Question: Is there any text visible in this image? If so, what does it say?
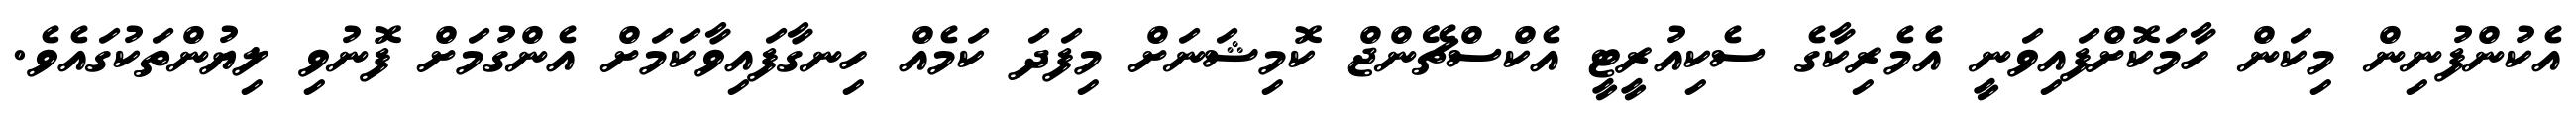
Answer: އެކުންފުނިން މިކަން ހާމަކޮށްފައިވަނީ އެމެރިކާގެ ސެކިއުރީޓީ އެކްސްޗޭންޖް ކޮމިޝަނަށް މިފަދަ ކަމެއް ހިނގާފައިވާކަމަށް އެންގުމަށް ފޮނުވި ލިޔުންތަކުގައެވެ.